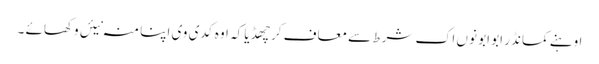
اوہنے کمانڈر ابو ابو نوں اک شرط سے معاف کر چھڈیا کہ اوہ کدی وی اپنا منہ نیئں وکھائے ۔